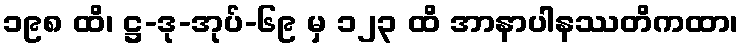
၁၉၈ ထိ၊ ဋ္ဌ-ဒု-အုပ်-၆၉ မှ ၁၂၃ ထိ အာနာပါနဿတိကထာ၊